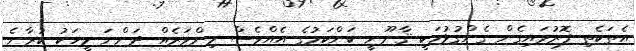
އެތަކެތި ފޮރުވައިގެން ގެންގުޅުމަކީ ޤާނޫނީ ކަންކަމުގެ އެއްވެސް މިންވަރެއް ދަންނަ މީހަކު ކުރާނެ